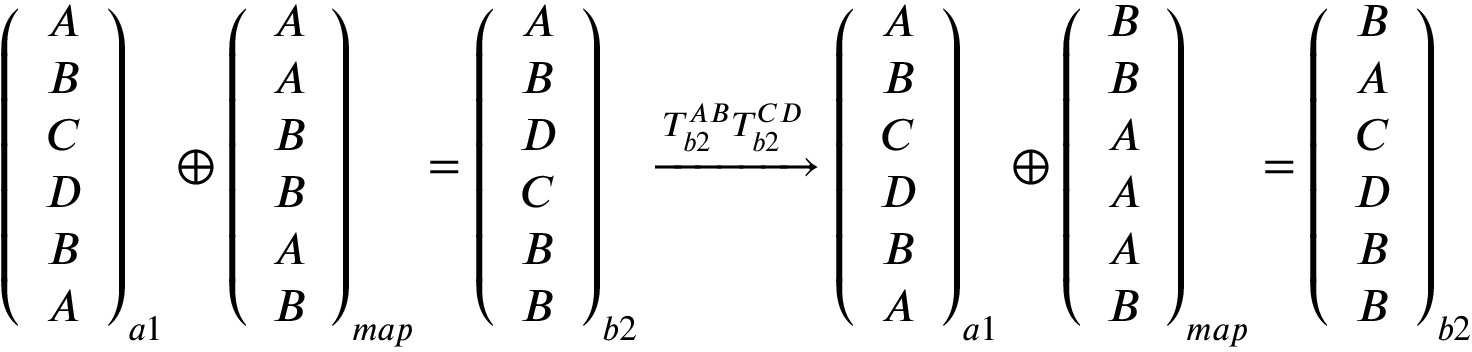
\begin{array} { r } { \left( \begin{array} { c } { A } \\ { B } \\ { C } \\ { D } \\ { B } \\ { A } \end{array} \right) _ { a 1 } \oplus \left( \begin{array} { c } { A } \\ { A } \\ { B } \\ { B } \\ { A } \\ { B } \end{array} \right) _ { m a p } = \left( \begin{array} { c } { A } \\ { B } \\ { D } \\ { C } \\ { B } \\ { B } \end{array} \right) _ { b 2 } \xrightarrow [ ] { T _ { b 2 } ^ { A B } T _ { b 2 } ^ { C D } } \left( \begin{array} { c } { A } \\ { B } \\ { C } \\ { D } \\ { B } \\ { A } \end{array} \right) _ { a 1 } \oplus \left( \begin{array} { c } { B } \\ { B } \\ { A } \\ { A } \\ { A } \\ { B } \end{array} \right) _ { m a p } = \left( \begin{array} { c } { B } \\ { A } \\ { C } \\ { D } \\ { B } \\ { B } \end{array} \right) _ { b 2 } } \end{array}